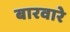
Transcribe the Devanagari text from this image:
बारवारे